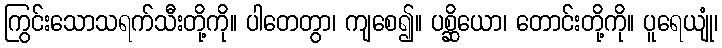
ကြွင်းသောသရက်သီးတို့ကို။ ပါတေတွာ၊ ကျစေ၍။ ပစ္ဆိယော၊ တောင်းတို့ကို။ ပူရေယျုံ၊